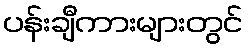
ပန်းချီကားများတွင်